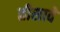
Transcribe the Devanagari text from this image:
तीसावे